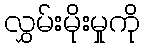
လွှမ်းမိုးမှုကို